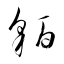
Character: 貊